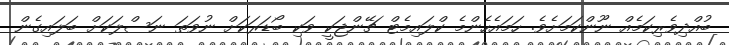
ބުއްދިވެރިކަމެއް ނޫންކަމަށެވެ. ހަމައެހެންމެ ކްލައިމެޓް ޗޭންޖަކީ ވަކި ބޯޑަރަކަށް ނުވަތަ ނަސްލަކަށް ބަލައިގެން